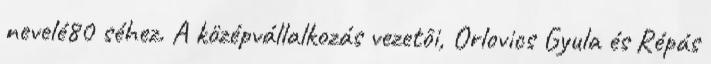
nevelé80 séhez. A középvállalkozás vezetôi, Orlovics Gyula és Répás